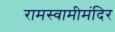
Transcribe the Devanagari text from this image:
रामस्वामीमंदिर